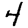
Digit: 4